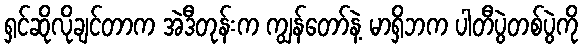
ရှင်ဆိုလိုချင်တာက အဲဒီတုန်းက ကျွန်တော်နဲ့ မာရှိဘက ပါတီပွဲတစ်ပွဲကို